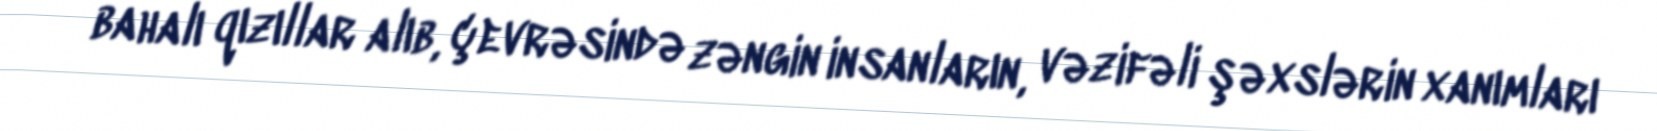
bahalı qızıllar alıb, çevrəsində zəngin insanların, vəzifəli şəxslərin xanımları